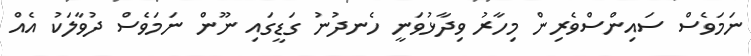
ނަމަވެސް ސައިންސްވެރިން މިހާރު ވިދާޅުވަނީ ހެނދުނު ގަޑީގައި ނޫން ނަމަވެސް ދުވާލަކު އެއް